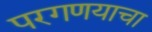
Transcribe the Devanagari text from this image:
परगणयाचा